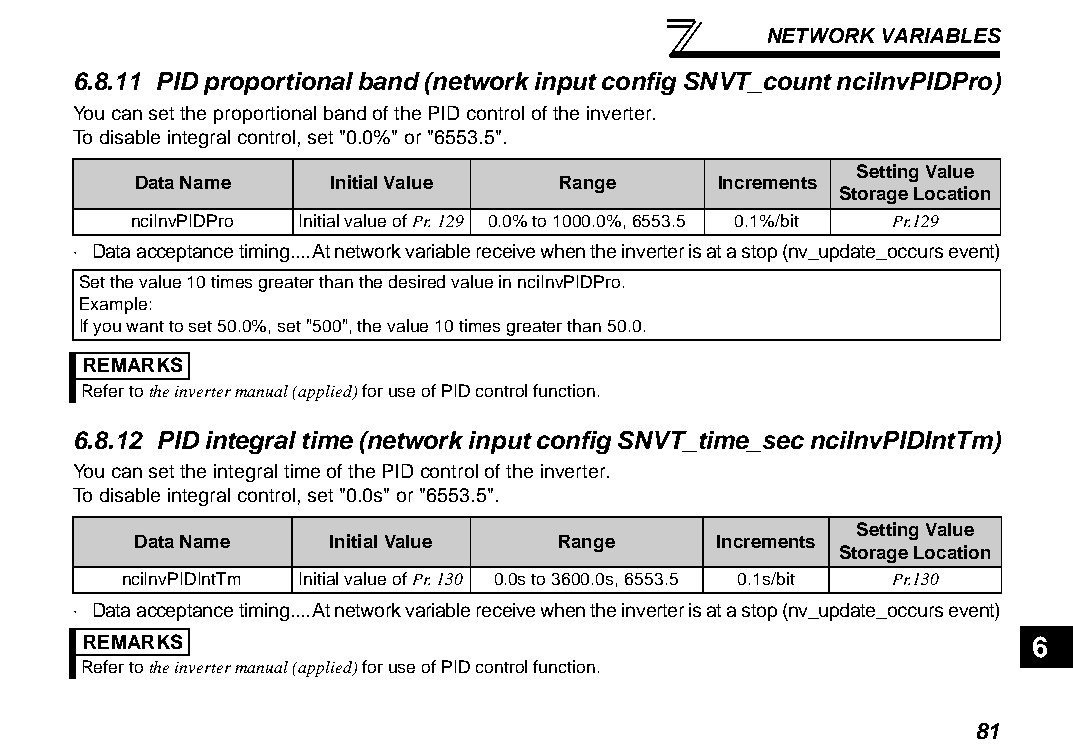
NETWORK VARIABLES
 6.8.11 PID proportional band (network input config SNVT_count nciInvPIDPro)
 You can set the proportional band of the PID control of the inverter.
 To disable integral control, set "0.0%" or "6553.5".
 Setting Value
 Data Name   Initial Value   Range     Increments
 Storage Location
 nciInvPIDPro Initial value of Pr. 129 0.0% to 1000.0%, 6553.5 0.1%/bit Pr.129
 ⋅ Data acceptance timing....At network variable receive when the inverter is at a stop (nv_update_occurs event)
 Set the value 10 times greater than the desired value in nciInvPIDPro.
 Example:
 If you want to set 50.0%, set "500", the value 10 times greater than 50.0.
 REMARKS
 Refer to the inverter manual (applied) for use of PID control function.
 6.8.12 PID integral time (network input config SNVT_time_sec nciInvPIDIntTm)
 You can set the integral time of the PID control of the inverter.
 To disable integral control, set "0.0s" or "6553.5".
 Setting Value
 Data Name    Initial Value   Range     Increments
 Storage Location
 nciInvPIDIntTm Initial value of Pr. 130 0.0s to 3600.0s, 6553.5 0.1s/bit Pr.130
 ⋅ Data acceptance timing....At network variable receive when the inverter is at a stop (nv_update_occurs event)
 REMARKS                                                        6
 Refer to the inverter manual (applied) for use of PID control function.
 81